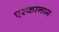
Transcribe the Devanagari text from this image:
एरकानाम